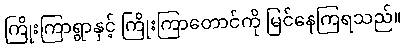
ကြိုးကြာရွာနှင့် ကြိုးကြာတောင်ကို မြင်နေကြရသည်။